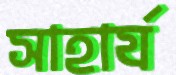
সাহার্য